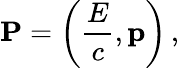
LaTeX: \mathbf{P}=\left({\frac{E}{c}},\mathbf{p}\right)\, ,